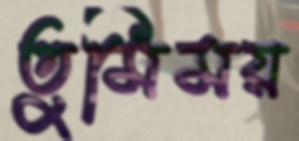
তুমিময়